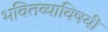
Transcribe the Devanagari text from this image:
भवितव्याविषयी